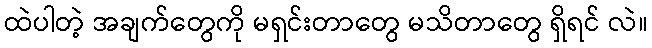
ထဲပါတဲ့ အချက်တွေကို မရှင်းတာတွေ မသိတာတွေ ရှိရင် လဲ။